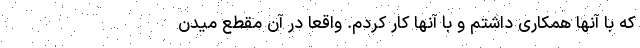
که با آنها همکاری داشتم و با آنها کار کردم. واقعاً در آن مقطع میدن